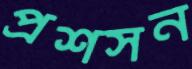
প্রশসন